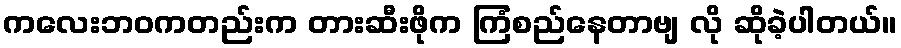
ကလေးဘဝကတည်းက တားဆီးဖိုက ကြံစည်နေတာဗျ လို ဆိုခဲ့ပါတယ်။